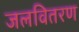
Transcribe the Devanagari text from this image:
जलवितरण